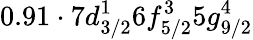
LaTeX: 0.91\cdot 7d_{3/2}^{1}6f_{5/2}^{3}5g_{9/2}^{4}